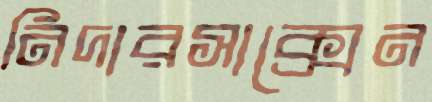
নিদারসাক্সেন